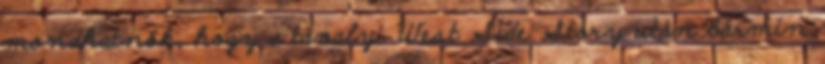
mondhatnók, hogy a tavalyi West Side Story után bármin